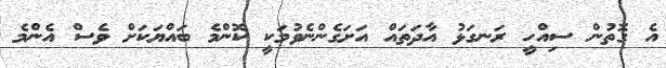
އެ ގޮތުން ސިއްހީ ރަނގަޅު އާދަތައް އަށަގެންނެވުމަކީ ކޮންމެ ބައްޔަކަށް ވެސް އެންމެ